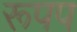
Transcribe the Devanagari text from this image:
रूपप